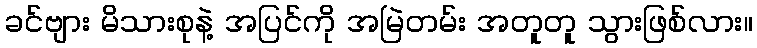
ခင်ဗျား မိသားစုနဲ့ အပြင်ကို အမြဲတမ်း အတူတူ သွားဖြစ်လား။